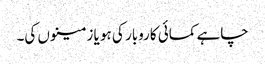
چاہے کمائی کاروبار کی ہو یا زمینوں کی۔